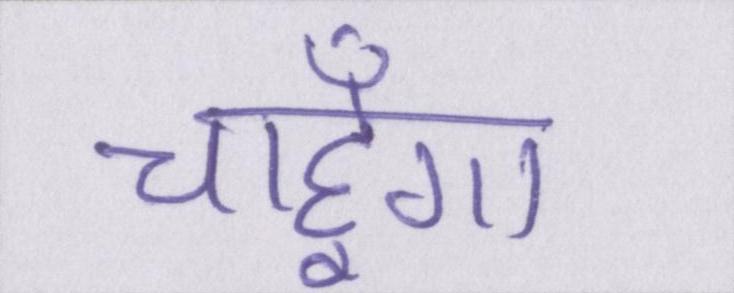
चाहूँगा